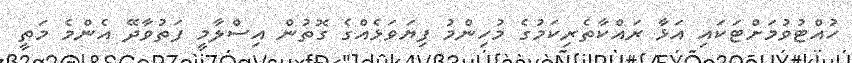
ހުއްޓުވުމަށްޓަކައި އަޅާ ރައްކާތެރިކަމުގެ މުހިންމު ފިޔަވަޅެއްގެ ގޮތުން އިސްލާމީ ފަތުވާދޭ އެންމެ މަތީ